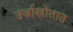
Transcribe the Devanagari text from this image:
उर्जास्रोतात